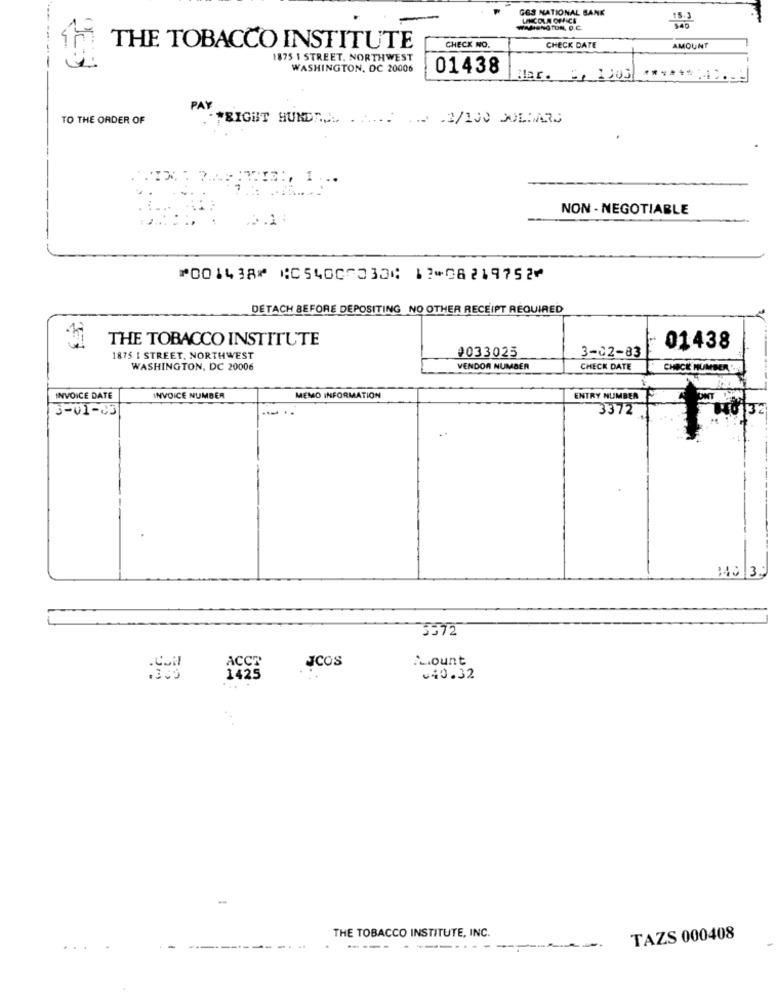
G&S NATIONAL BANK
LANICOLA OFFICE
15.3
WIANIENG TON, O.C.
THE TOBACCO INSTITUTE
CHECK NO.
CHECK DATE
AMOUNT
1875 \ STREET, NORTHWEST
WASHINGTON, DC 20006
01438
Har. = 1005
PAY
TO THE ORDER OF
FRIGHT HUNDRA. ... . 2/100 DOLLARS
NON- NEGOTIABLE
⑈001438⑈ ⑆054007030⑆ 12⑉08219752⑈
DETACH BEFORE DEPOSITING NO OTHER RECEIPT REQUIRED
THE TOBACCO INSTITUTE
0033025
3-02-83
01438
1875 I STREET, NORTHWEST
WASHINGTON, DC 20006
VENDOR NUMBER
CHECK DATE
CHECK NUMBER '
INVOICE DATE
INVOICE NUMBER
MEMO INFORMATION
ENTRY NUMBER
3-01-03
3372.
32
140 30
3572
JCOS
Amount
ACCT
1425
40.32
-
THE TOBACCO INSTITUTE, INC.
TAZS 000408
----- ----